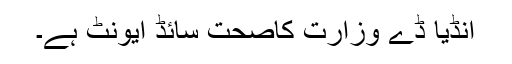
انڈیا ڈے وزارت کاصحت سائڈ ایونٹ ہے۔